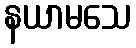
နယာမသေ